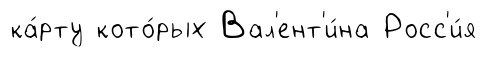
ка́рту кото́рых Вал'ент'и́на Росс'и́я